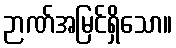
ဉာဏ်အမြင်ရှိသော။